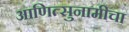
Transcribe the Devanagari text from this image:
आणित्सुनामीचा